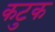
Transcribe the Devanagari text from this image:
कटुक